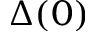
\Delta ( 0 )